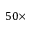
5 0 \times